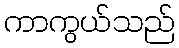
ကာကွယ်သည်